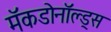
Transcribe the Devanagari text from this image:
मॅकडोनॉल्ड्स